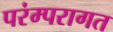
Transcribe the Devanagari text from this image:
परंम्परागत